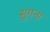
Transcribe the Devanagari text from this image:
सुगना